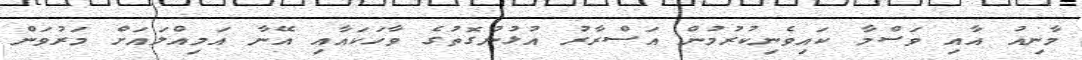
މާނިއު އާއި ވަސްމާ ކައިވެނިކުރުމުން އަސްރާރު އުޅުނުގޮތުގެ ވާހަކައާއި އޭނާ އަމިއްލައަށް މަރުވަން